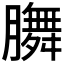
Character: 𭩐